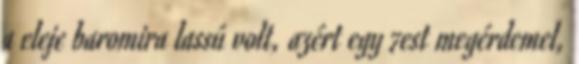
a eleje baromira lassú volt, azért egy 7est megérdemel,